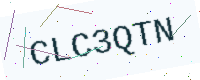
Text: CLC3QTN